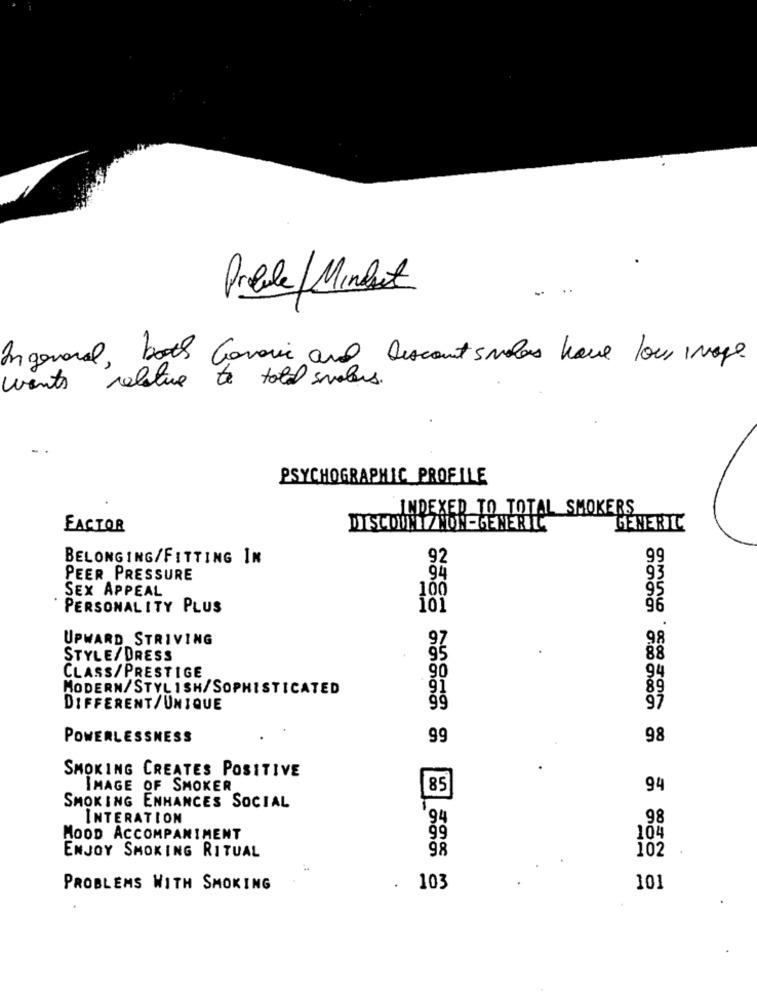
Proble Minhet
Ingeneral, both Gaveie and Discount smiles have low image.
wants relative to told sueles.
PSYCHOGRAPHIC PROFILE
INDEXED TO TOTAL SMOKERS
FACTOR
DISCOUNT / NON-GENERIC
GENERTE
BELONGING/FITTING IN
92
PEER PRESSURE
SEX APPEAL
100
PERSONALITY PLUS
96
UPWARD STRIVING
98
STYLE/DRESS
88
90
94
CLASS/PRESTIGE
MODERN/STYLISH/SOPHISTICATED
89
DIFFERENT/UNIQUE
97
POWERLESSNESS
99
98
SMOKING CREATES POSITIVE
IMAGE OF SMOKER
85
94
SMOKING ENHANCES SOCIAL
INTERATION
94
98
MOOD ACCOMPANIMENT
99
104
ENJOY SMOKING RITUAL
98
102
PROBLEMS WITH SMOKING
.
103
101